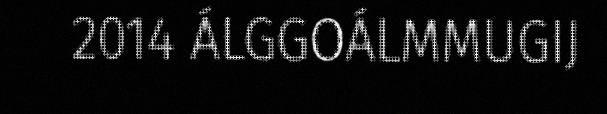
2014 ÁLGGOÁLMMUGIJ